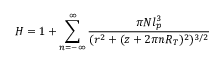
H = 1 + \sum _ { n = - \infty } ^ { \infty } \frac { \pi N l _ { p } ^ { 3 } } { ( r ^ { 2 } + ( z + 2 \pi n R _ { T } ) ^ { 2 } ) ^ { 3 / 2 } }